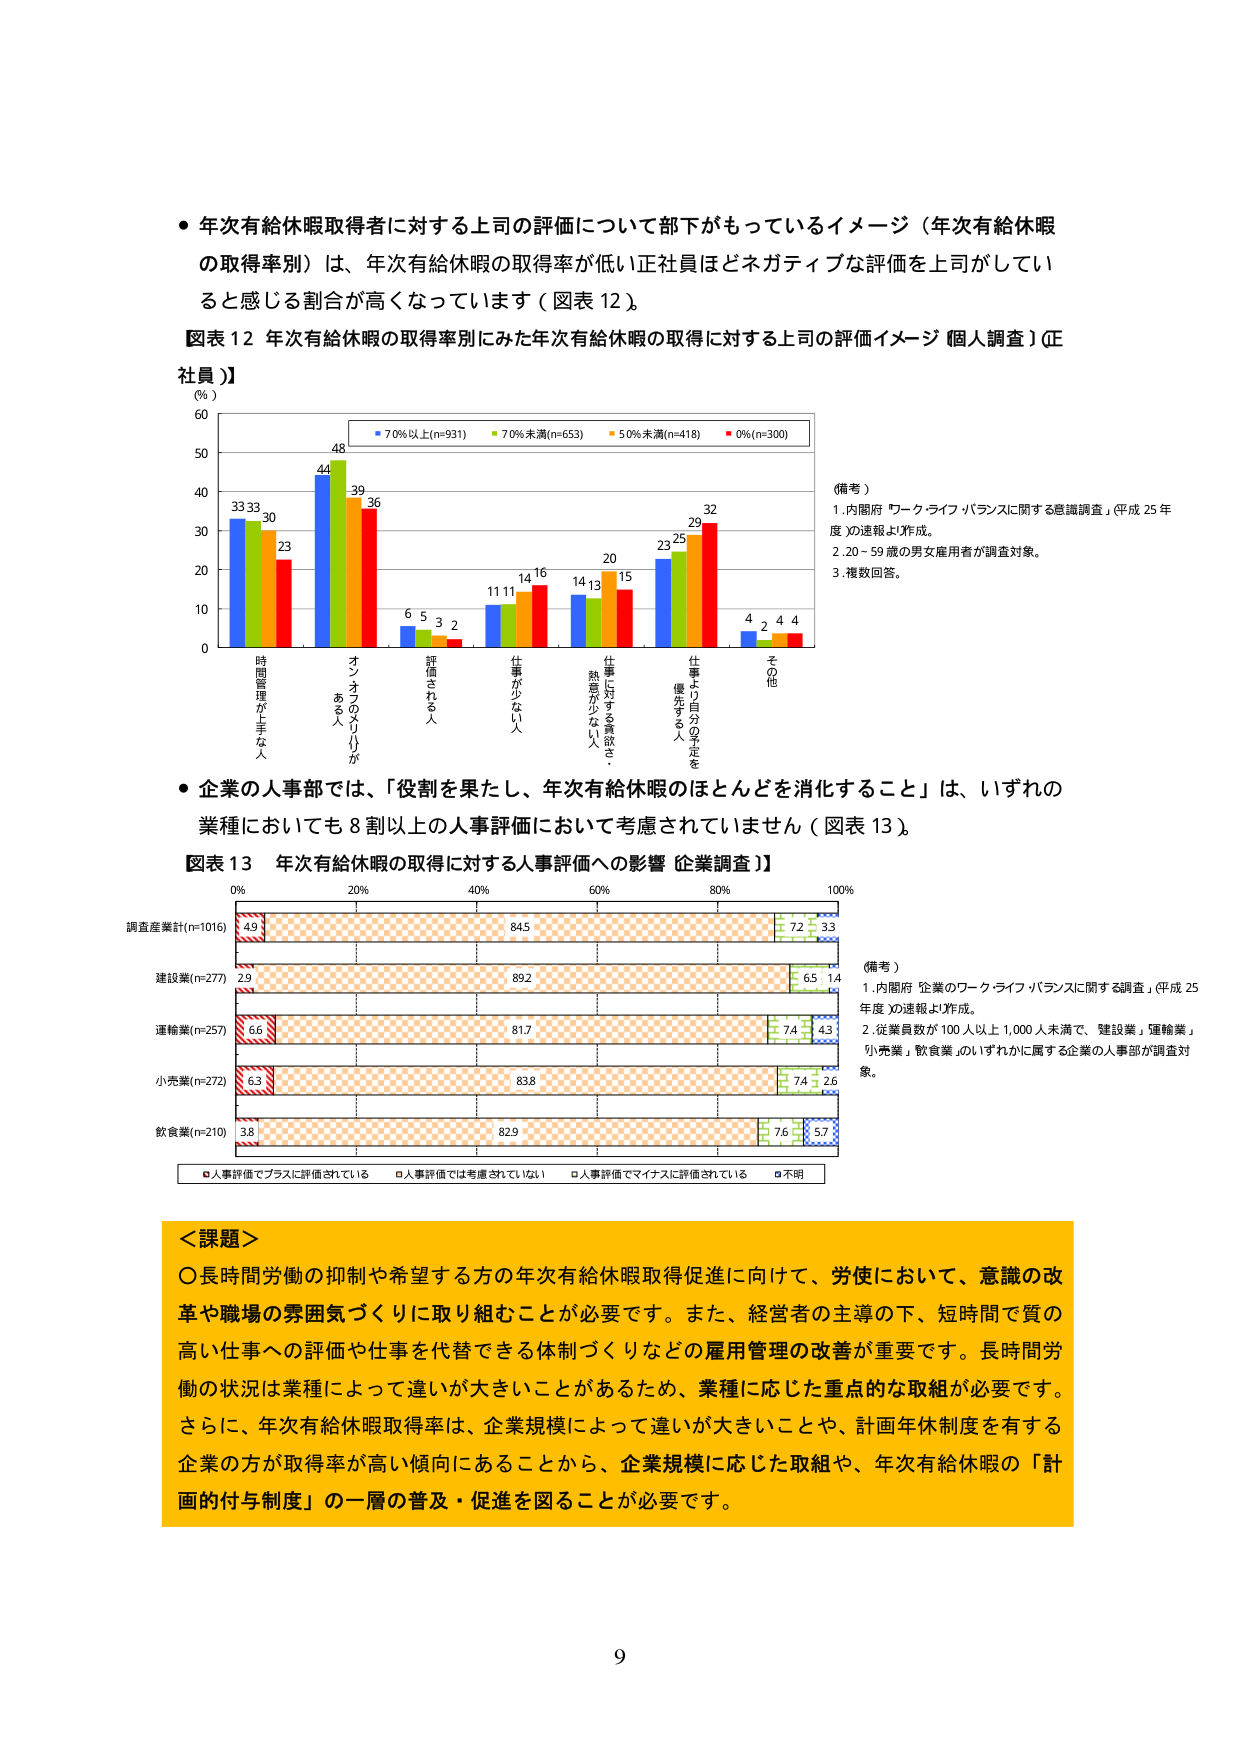
● 年次有給休暇取得者に対する上司の評価について部下がもっているイメージ（年次有給休暇の取得率別）は、年次有給休暇の取得率が低い正社員ほどネガティブな評価を上司がしていると感じる割合が高くなっています（図表 12）。

図表 12 年次有給休暇の取得率別にみた年次有給休暇の取得に対する上司の評価イメージ【個人調査】（正社員）

（％）
60
50
40
30
20
10
0

■ 70％以上(n=931) ■ 70％未満(n=653) ■ 50％未満(n=418) ■ 0％(n=300)

時間管理が上手な人 33 33 30 23
オンオフのメリハリがある人 44 48 39 36
評価される人 6 5 3 2
仕事が少ない人 11 11 14 16
仕事に対する意欲・熱意が少ない人 14 13 20 15
仕事より自分の予定を優先する人 23 25 29 32
その他 4 2 4 4

（備考）
1. 内閣府「ワーク・ライフ・バランスに関する意識調査」（平成 25 年度）の速報より作成。
2. 20～59 歳の男女雇用者が調査対象。
3. 複数回答。

● 企業の人事部では、「役割を果たし、年次有給休暇のほとんどを消化すること」は、いずれの業種においても 8 割以上的人事評価において考慮されていません（図表 13）。

図表 13 年次有給休暇の取得に対する人事評価への影響【企業調査】

0% 20% 40% 60% 80% 100%

調査産業計(n=1016) 4.9 84.5 7.2 3.3
建設業(n=277) 2.9 89.2 6.5 1.4
運輸業(n=257) 6.6 81.7 7.4 4.3
小売業(n=272) 6.3 83.8 7.4 2.6
飲食業(n=210) 3.8 82.9 7.6 5.7

■ 人事評価でプラスに評価されている ■ 人事評価では考慮されていない ■ 人事評価でマイナスに評価されている ■ 不明

（備考）
1. 内閣府「企業のワーク・ライフ・バランスに関する調査」（平成 25 年度）の速報より作成。
2. 従業員数が 100 人以上 1,000 人未満で、「建設業」「運輸業」「小売業」「飲食業」のいずれかに属する企業の人事部が調査対象。

＜課題＞
○ 長時間労働の抑制や希望する方の年次有給休暇取得促進に向けて、労使において、意識の改革や職場の雰囲気づくりに取り組むことが必要です。また、経営者の主導の下、短時間で質の高い仕事への評価や仕事を代替できる体制づくりなどの雇用管理の改善が重要です。長時間労働の状況は業種によって違いが大きいことがあるため、業種に応じた重点的な取組が必要です。さらに、年次有給休暇取得率は、企業規模によって違いが大きいことや、計画年休制度を有する企業の方が取得率が高い傾向にあることから、企業規模に応じた取組や、年次有給休暇の「計画的付与制度」の一層の普及・促進を図ることが必要です。

9